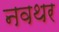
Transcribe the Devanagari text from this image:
नवथर